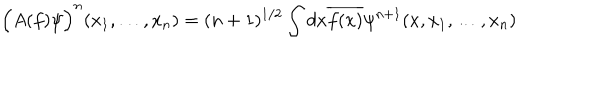
\Big ( A ( f ) \psi \Big ) ^ { n } ( x _ { 1 } , \ldots , x _ { n } ) = ( n + 1 ) ^ { 1 / 2 } \int d x \overline { { { f ( x ) } } } \psi ^ { n + 1 } ( x , x _ { 1 } , \ldots , x _ { n } )